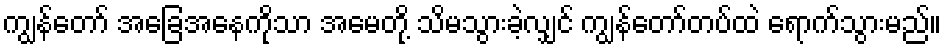
ကျွန်တော် အခြေအနေကိုသာ အမေတို့ သိမသွားခဲ့လျှင် ကျွန်တော်တပ်ထဲ ရောက်သွားမည်။